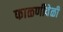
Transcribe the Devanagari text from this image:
फाळणीवेळी